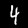
Label: 4